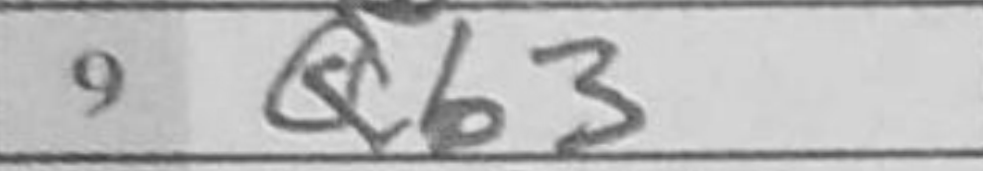
Transcription: Qb3